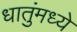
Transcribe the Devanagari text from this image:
धातुंमध्ये